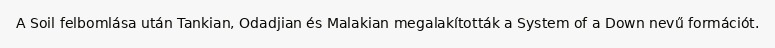
A Soil felbomlása után Tankian, Odadjian és Malakian megalakították a System of a Down nevű formációt.